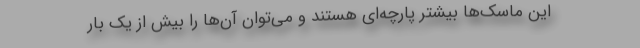
این ماسک‌ها بیشتر پارچه‌ای هستند و می‌توان آن‌ها را بیش از یک بار